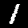
Label: 1